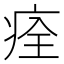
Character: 痊